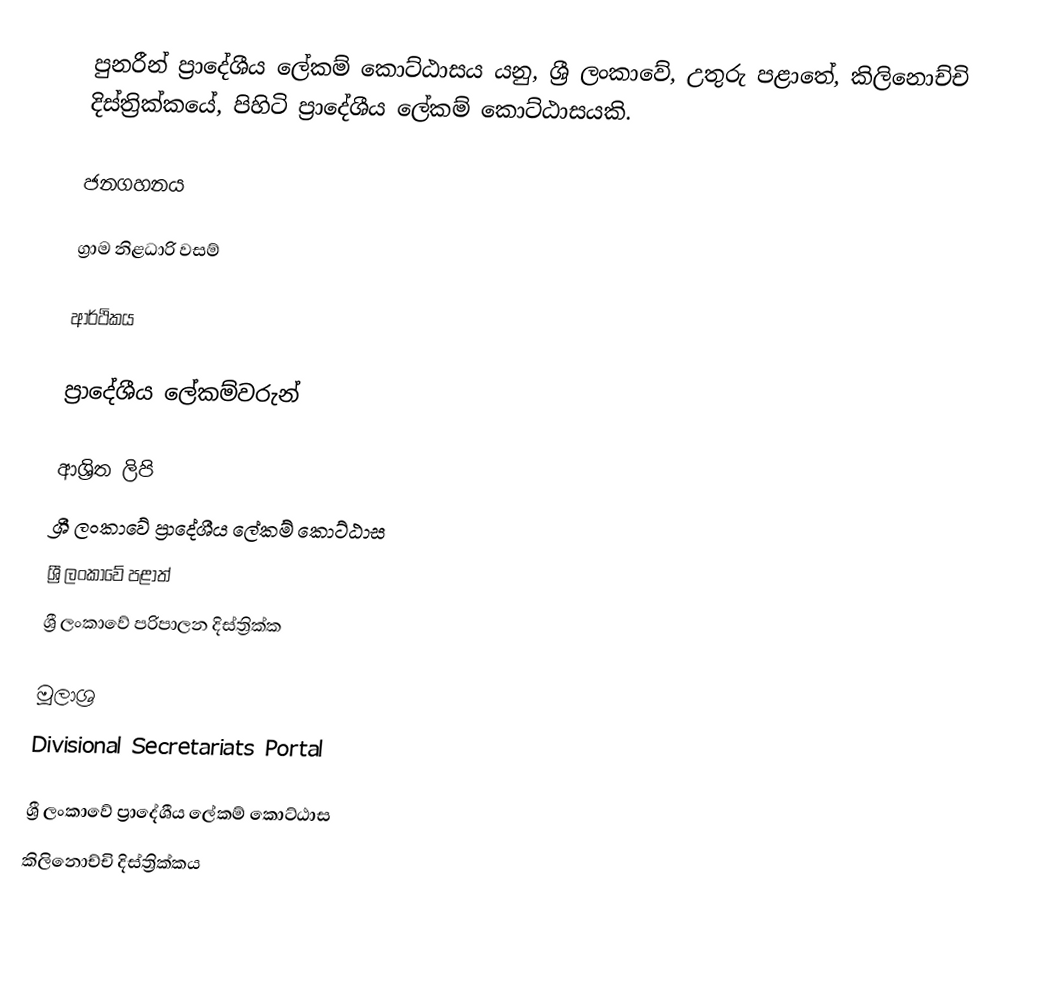
පුනරීන් ප්‍රාදේශීය ලේකම් කොට්ඨාසය යනු,  ශ්‍රී ලංකාවේ, උතුරු පළාතේ,   කිලිනොච්චි දිස්ත්‍රික්කයේ, පිහිටි ප්‍රාදේශීය ලේකම් කොට්ඨාසයකි.

ජනගහනය

ග්‍රාම නිළධාරි වසම්

ආර්ථිකය

ප්‍රාදේශීය ලේකම්වරුන්

ආශ්‍රිත ලිපි
ශ්‍රී ලංකාවේ ප්‍රාදේශීය ලේකම් කොට්ඨාස
ශ්‍රී ලංකාවේ පළාත්
ශ්‍රී ලංකාවේ පරිපාලන දිස්ත්‍රික්ක

මූලාශ්‍ර
 Divisional Secretariats Portal

ශ්‍රී ලංකාවේ ප්‍රාදේශීය ලේකම් කොට්ඨාස
කිලිනොච්චි දිස්ත්‍රික්කය